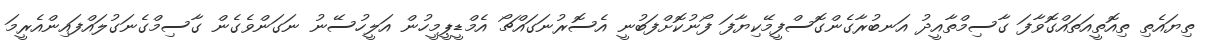
ތިޔައެތި ތިއޮތީއަތައްގޮވާފަ ގާސިމްތާއީދު އަނބުރާގެންގޮސްފީމޭކިޔާފަ ފޯނުކޮށްފަބުނީ އެސޮރުނަގައްޗޯ އެމްޑީޕީމީހުން އަލީހުސޭނު ނަގަންވެގެން ގާސިމްގެނަގުލައްފައިންއެރީމަ